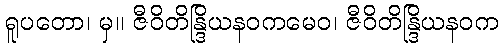
ရူပတော၊ မှ။ ဇီဝိတိန္ဒြိယနဝကမေဝ၊ ဇီဝိတိန္ဒြိယနဝက